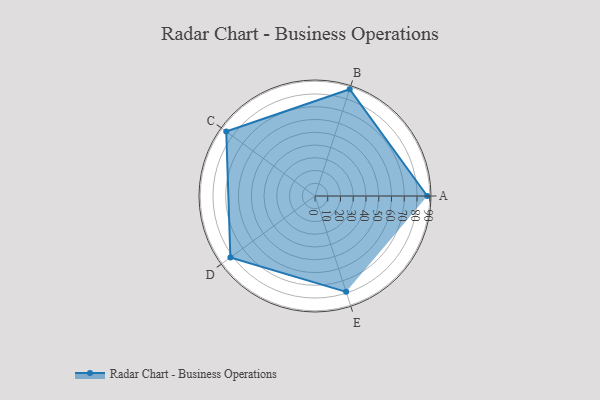
{"axis": {"x": "Skill", "y": "Score"}, "legend": ["Profile"], "data": [{"x": "A", "y": 88.0, "type": "Profile"}, {"x": "B", "y": 88.0, "type": "Profile"}, {"x": "C", "y": 86.0, "type": "Profile"}, {"x": "D", "y": 82.0, "type": "Profile"}, {"x": "E", "y": 79.0, "type": "Profile"}]}